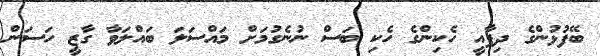
ބޭފުޅުންގެ ދިފާއީ ހެކިންގެ ހެކި ބަސް ނުނެގުމަށް މައްސަލަ ބައްލަވާ ގާޒީ ހަސަން